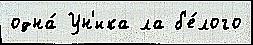
одна́ Ун'ика ла б'е́лого